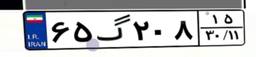
۶۵گ۲۰۸۱۵